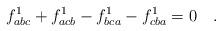
LaTeX: \begin{align*}f^1_{abc} + f^1_{acb} - f^1_{bca} - f^1_{cba} =0 \quad .\end{align*}